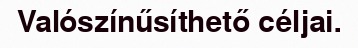
Valószínűsíthető céljai.